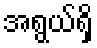
အရွယ်ရှိ